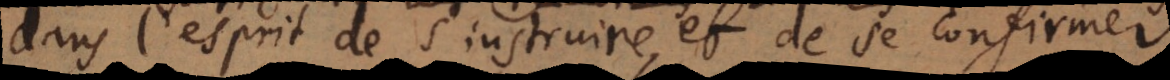
dans l’esprit de s’instruire, et de se confirmer